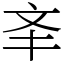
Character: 㪯